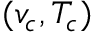
( v _ { c } , T _ { c } )